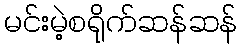
မင်းမဲ့စရိုက်ဆန်ဆန်